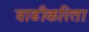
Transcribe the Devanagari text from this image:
वाढीकरिता